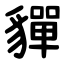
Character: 貚